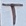
Text: T